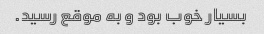
بسیار خوب بود و به موقع رسید.